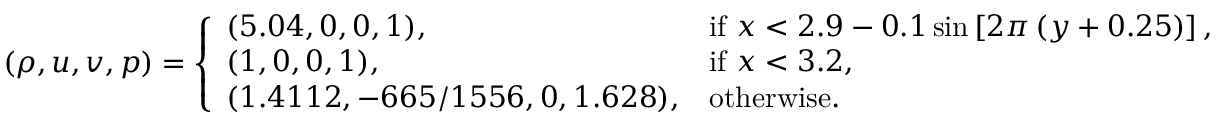
( \rho , u , v , p ) = \left\{ \begin{array} { l l } { ( 5 . 0 4 , 0 , 0 , 1 ) , } & { \mathrm { i f ~ } x < 2 . 9 - 0 . 1 \sin \left[ 2 \pi \left( y + 0 . 2 5 \right) \right] , } \\ { ( 1 , 0 , 0 , 1 ) , } & { \mathrm { i f ~ } x < 3 . 2 , } \\ { ( 1 . 4 1 1 2 , - 6 6 5 / 1 5 5 6 , 0 , 1 . 6 2 8 ) , } & { \mathrm { o t h e r w i s e } . } \end{array} \right.